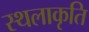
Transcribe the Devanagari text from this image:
स्‍थलाकृति